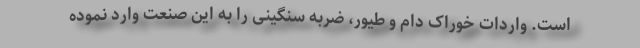
است. واردات خوراک دام و طیور، ضربه سنگینی را به این صنعت وارد نموده